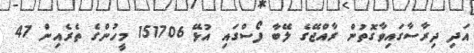
އަދި ދިރާސާގައިވާގޮތުން ރާއްޖޭގެ ލޭބާ ފޯސްގައި އުޅޭ 151706 މީހުންގެ ތެރެއިން 47